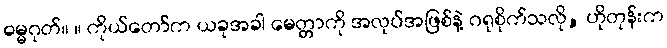
ဓမ္မဂုတ်။ ။ ကိုယ်တော်က ယခုအခါ မေတ္တာကို အလုပ်အဖြစ်နဲ့ ဂရုစိုက်သလို, ဟိုတုန်းက